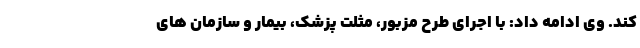
کند. وی ادامه داد: با اجرای طرح مزبور، مثلت پزشک، بیمار و سازمان های